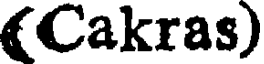
(Cakras)